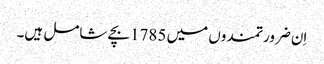
اِن ضرورتمندوں میں 1785بچے شامل ہیں۔